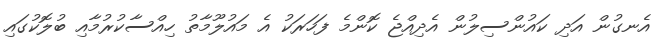
އެނގުން އަދި ކައުންސިލުން އެދިއްޖެ ކޮންމެ ފަހަރަކު އެ މައުލޫމާތު ހިއްސާކުރުމާއި ބުލޮކުގައި